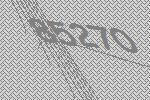
85270